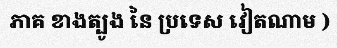
ភាគ ខាងត្បូង នៃ ប្រទេស វៀតណាម )